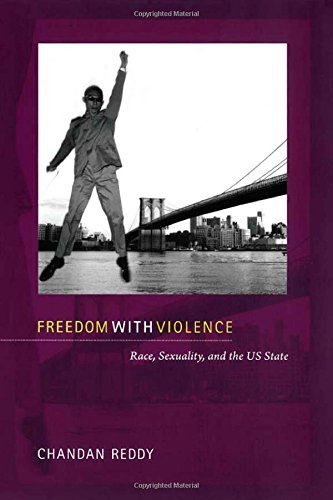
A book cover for Freedom with Violence: Race, Sexuality, and the US State (Perverse Modernities: A Series Edited by Jack Halberstam and Lisa Lowe); Chandan Reddy; Gay & Lesbian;